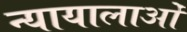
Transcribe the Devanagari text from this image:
न्यायालाओं